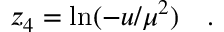
z _ { 4 } = \ln ( - u / \mu ^ { 2 } ) \quad .